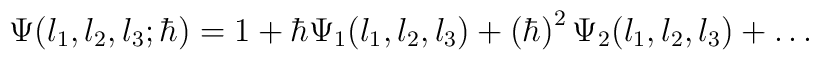
\Psi (l_1,l_2,l_3;\hbar) = 1 + {\hbar} \Psi_1(l_1,l_2,l_3) +\left( \hbar \right)^2 \Psi_2(l_1,l_2,l_3) + \ldots